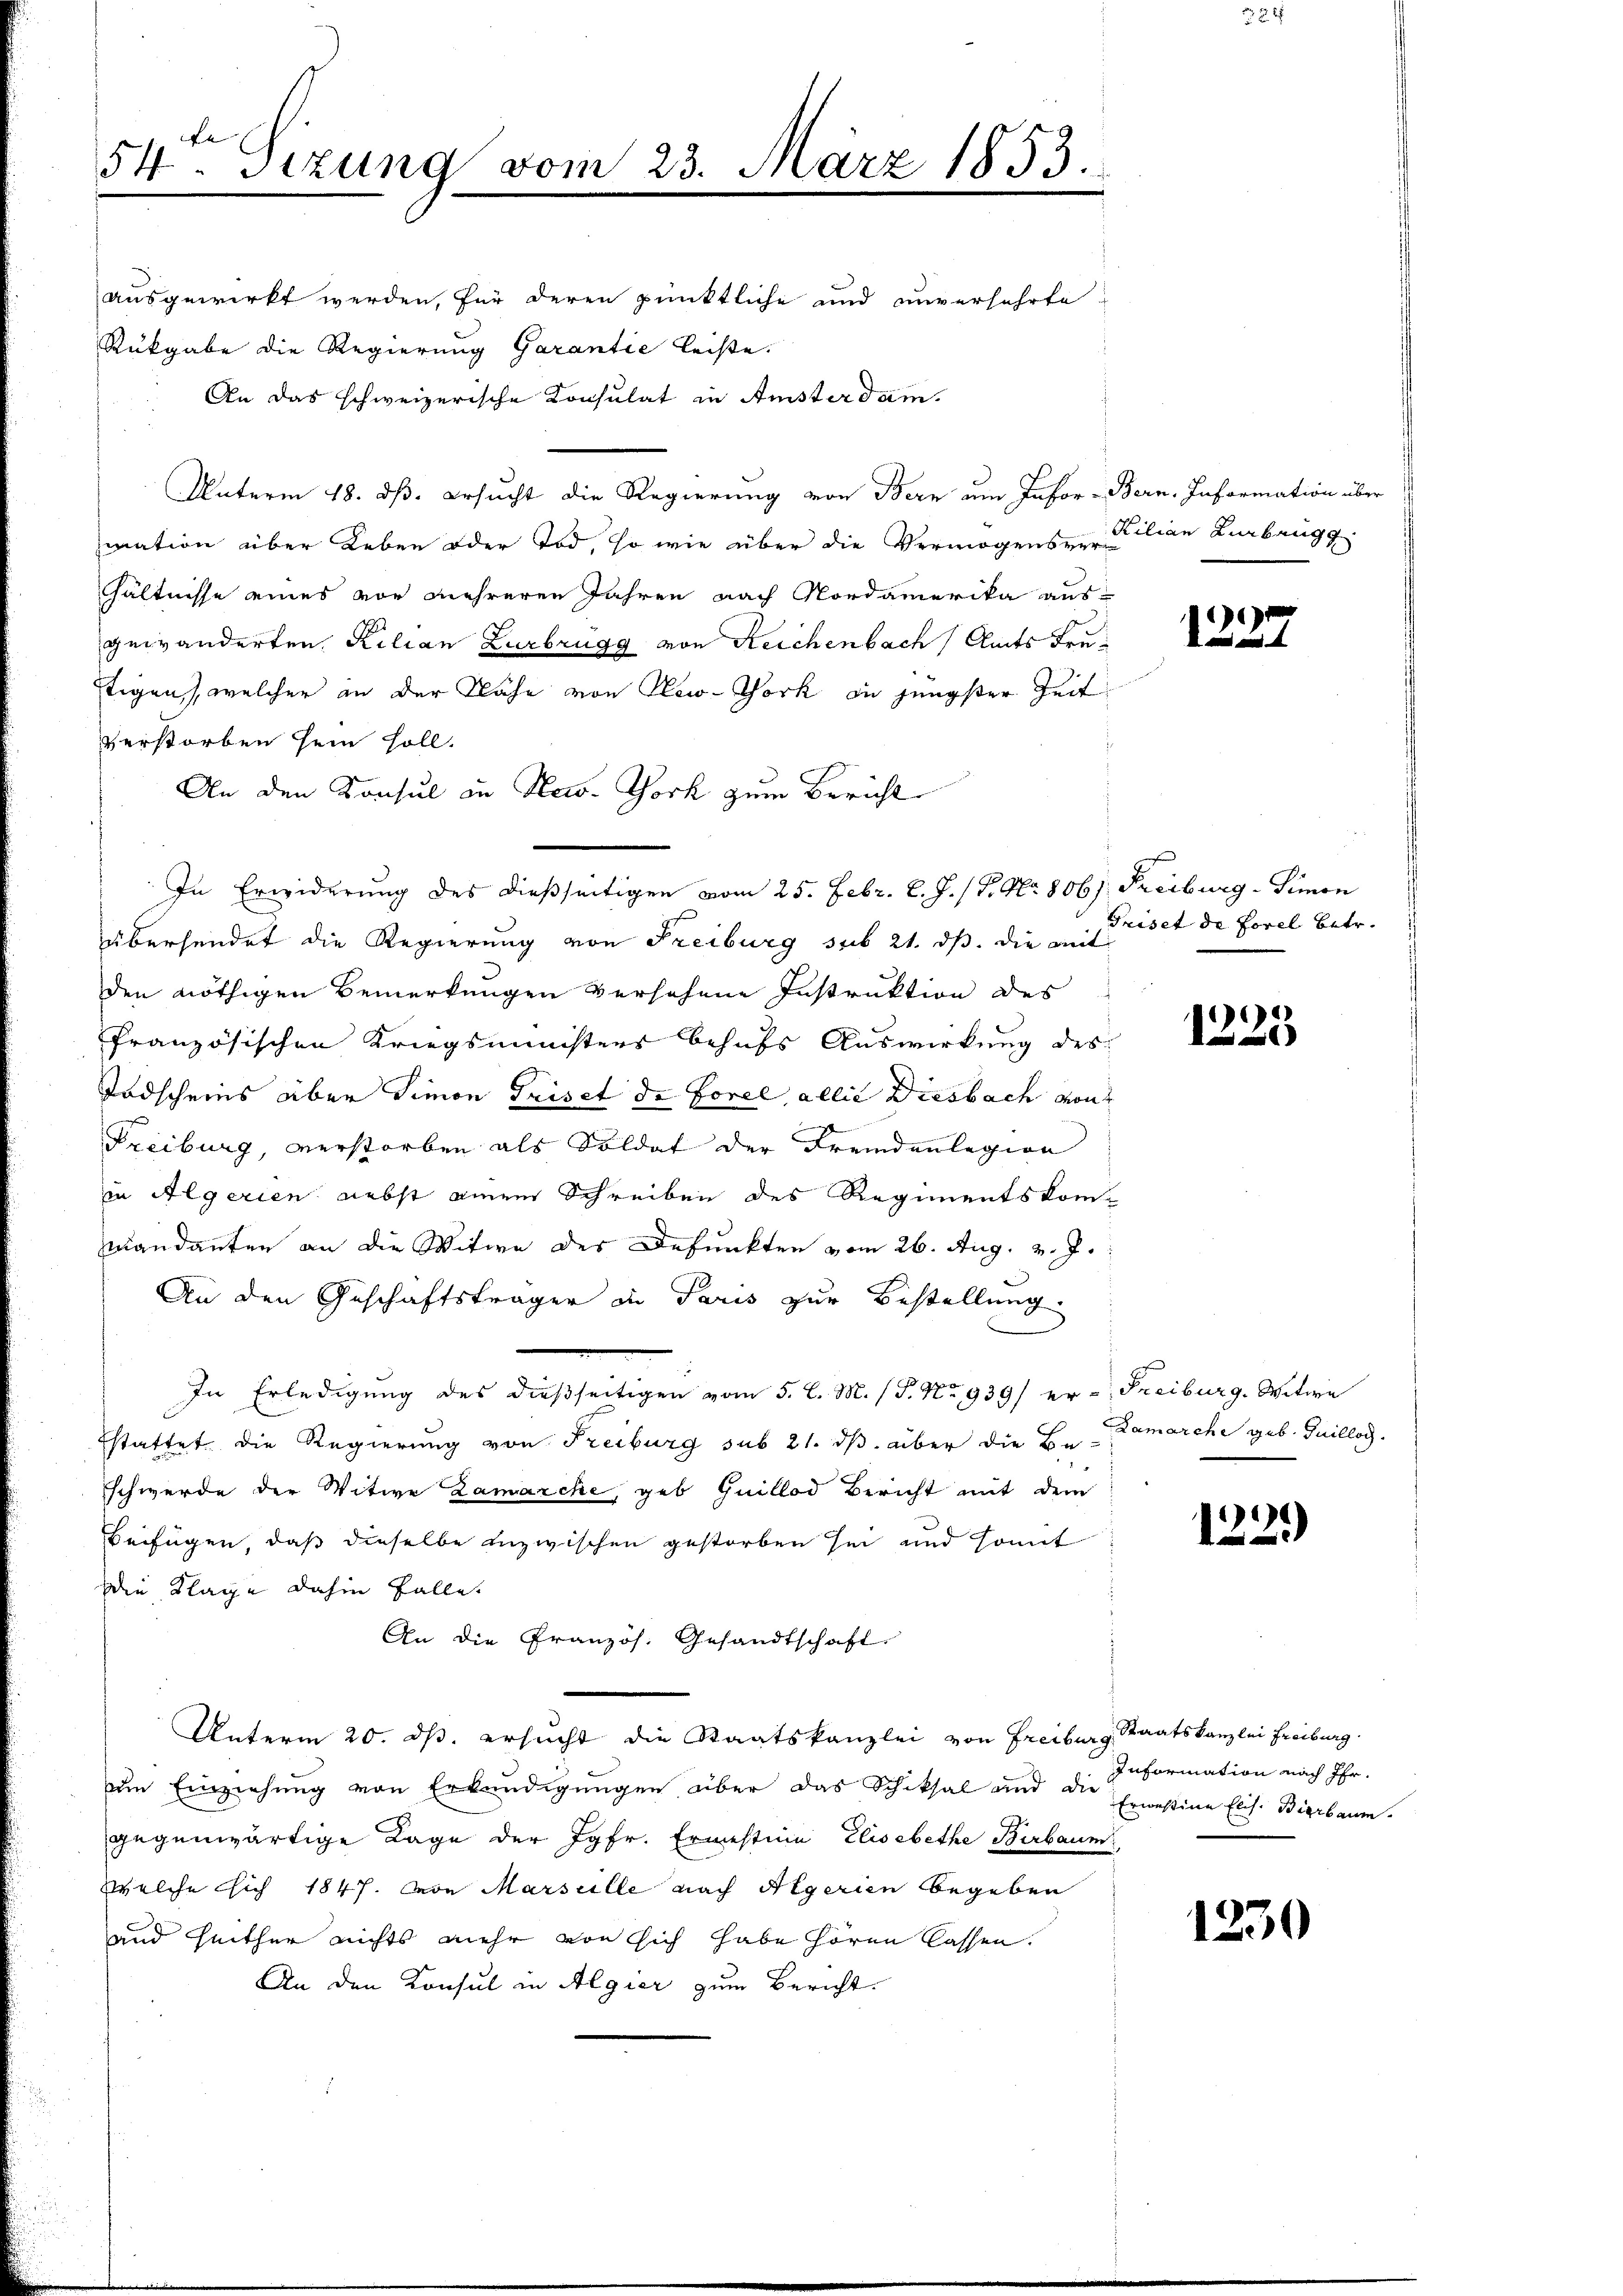
54ten Sizung vom 23. März 1853.

ausgewirkt werden, für deren pünktliche und unverfahrte
Rückgabe die Regierung Garantie leiste.
An das schweizerische Konsulat in Amsterdam.
Unterm 18. dß. Ersucht die Regierung von Bern um Infor-Bern. Information über
mation über Leben oder Tod, so wie über die Vermögensver
hältnisse eines vor mehreren Jahren nach Nordamerika aus
gewänderten Kilian Zurbrugg von Reichenbach Amts Fretigen, welcher in der Nähe von New-York in jüngster Zeit
verstorben sein soll.
An den Konsul in New-York zum Bericht
In Erwiderung des dießseitigen vom 25. Febr. l. J. (T. No. 8061. Freiburg-Simon
übersendet die Regierung von Freiburg sub 21. ds. die mit
den nöthigen Bemerkungen versehene Instruktion des
französischen Kriegsministers behufs Auswirkung des
Todscheins aber Simon Friset de Forel allie Diesbach von
Freiburg, verstorben als Soldat der Fremdenlegion
in Algerien nebst einem Schreiben des Regimentskom-
mandanten an die Witwe des Defunkten vom 26. Aug. v. J.
An den Geschäftsträger in Paris zur Bestellung
In Erledigung des dießseitigen vom 5. l. M. (T. No 939/ er - Freiburg, Witwe
stattet die Regierung von Freiburg sub 21. ds. über die Be- Zamarche geb. Guillog.
schwerde der Witwe Zamarche, geb. Guillod Bericht mit dem
Beifügen, daß dieselbe inzwischen gestorben sei und somit
Die Klage dahin Falle
An die Französ. Gesandtschaft.
Unterm 20. ds. ersucht die Staatskanzlei von Freiburg Staatskanzlei Freiburg.
eim Einziehung von Erkundigungen über das Schiksal und die Ermessine Elis. Bierbaum
gegenwärtige Lage der Jgfr. Ermestina Elisabethe Berbaum
welche sich 1847. von Marselle nach Aegerien begeben
und Zeither nichts mehr von sich habe hören lassen.
An den Konsul in Algier zum Bericht.

Kilian Libang

Priset de Forel betr.

1225

1221)

Information nach Ihr

1230